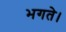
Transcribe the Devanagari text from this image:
भगते।